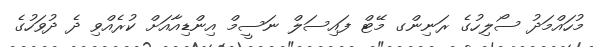
މުހައްމަދު ސޯލިހުގެ ރަނިންގ މޭޓް ފައިސަލް ނަސީމް އިންޑިއާއަށް ކުރެއްވި ދެ ދުވަހުގެ